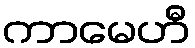
ကာမေဟီ